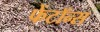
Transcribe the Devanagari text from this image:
फेंटॉन्स